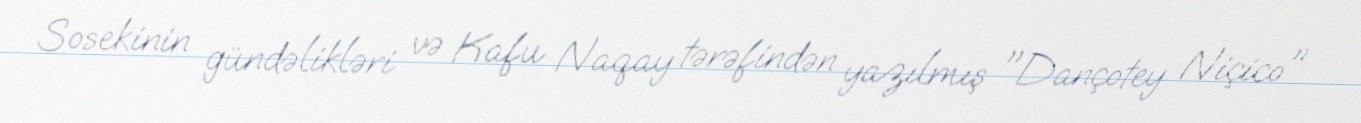
Sosekinin gündəlikləri və Kafu Naqay tərəfindən yazılmış "Dançotey Niçico"